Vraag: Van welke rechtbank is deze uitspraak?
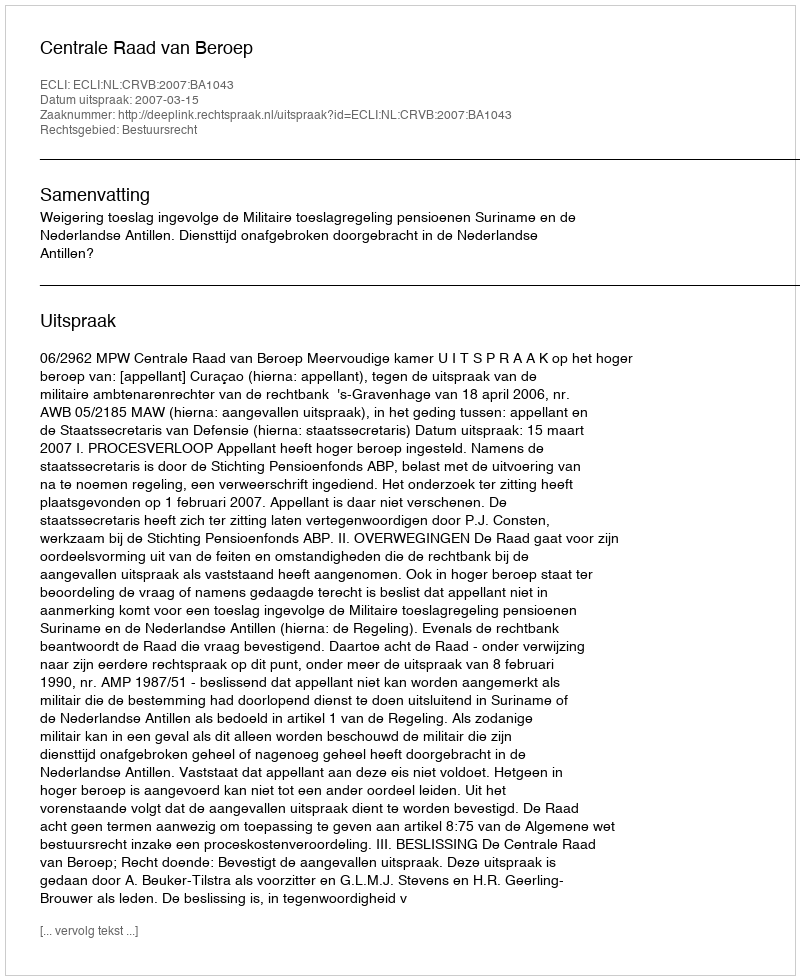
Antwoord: Centrale Raad van Beroep